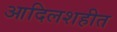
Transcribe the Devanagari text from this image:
आदिलशहीत